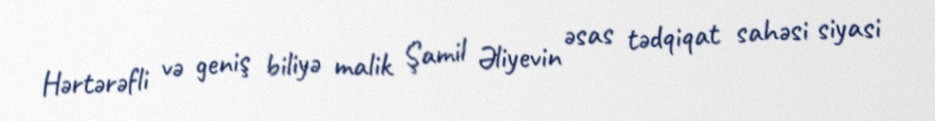
Hərtərəfli və geniş biliyə malik Şamil Əliyevin əsas tədqiqat sahəsi siyasi